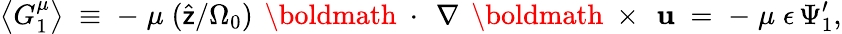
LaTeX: \left\langle G_{1}^{\mu}\right\rangle\; \equiv\; -\; \mu\; (\widehat{\sf z}/\Omega_{0})\, \mathrm{~\boldmath~\cdot~}\, \nabla\, \mathrm{~\boldmath~\times~}\, {\mathbf u}\; =\; -\; \mu\; \epsilon\, \Psi_{1}^{\prime},